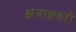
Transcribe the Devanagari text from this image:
क्षेत्ररक्षकही